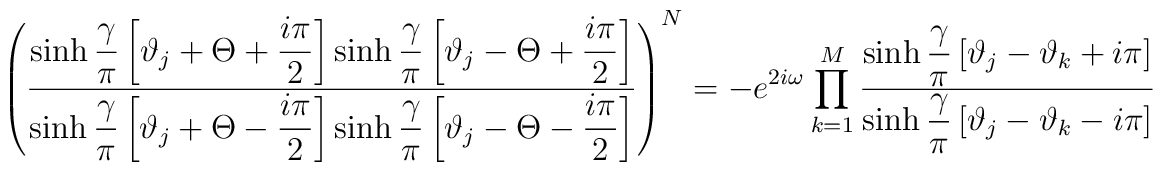
\left( \displaystyle\frac{\sinh \displaystyle\frac{\gamma }{\pi }\left[ \vartheta _{j}+\Theta +\displaystyle\frac{i\pi }{2}\right] \sinh \displaystyle\frac{\gamma }{\pi }\left[ \vartheta _{j}-\Theta +\displaystyle\frac{i\pi }{2}\right] }{\sinh \displaystyle\frac{\gamma }{\pi }\left[ \vartheta _{j}+\Theta -\displaystyle\frac{i\pi }{2}\right] \sinh \displaystyle\frac{\gamma }{\pi }\left[ \vartheta _{j}-\Theta -\displaystyle\frac{i\pi }{2}\right] }\right) ^{N}=-e^{2i\omega }\prod _{k=1}^{M}\displaystyle\frac{\sinh \displaystyle\frac{\gamma }{\pi }\left[ \vartheta _{j}-\vartheta _{k}+i\pi \right] }{\sinh \displaystyle\frac{\gamma }{\pi }\left[ \vartheta _{j}-\vartheta _{k}-i\pi \right] }